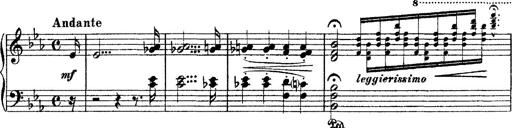
Title: Ã‰tudes d'exÃ©cution transcendante d'aprÃ¨s Paganini
Composer: Franz Liszt